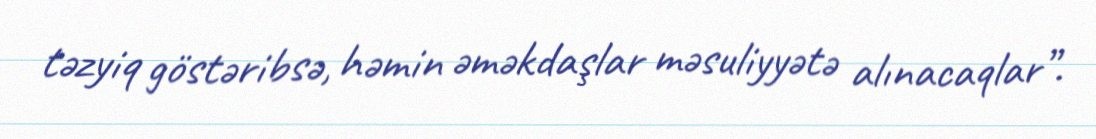
təzyiq göstəribsə, həmin əməkdaşlar məsuliyyətə alınacaqlar”.